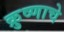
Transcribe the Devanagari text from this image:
क्रुष्णाचे